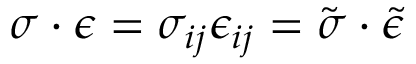
{ \boldsymbol { \sigma } } \cdot { \boldsymbol { \epsilon } } = \sigma _ { i j } \epsilon _ { i j } = { \tilde { \sigma } } \cdot { \tilde { \epsilon } }